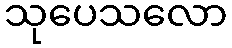
သုပေသလော